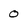
Character: 0